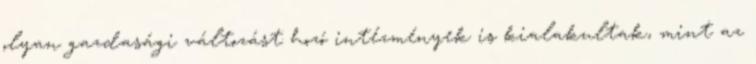
olyan gazdasági változást hozó intézmények is kialakultak, mint az